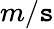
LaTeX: m/\mathtt{s}